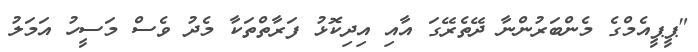
"ޕީޕީއެމްގެ މެންބަރުންނާ ދޭތެރޭގަ އާއި އިދިކޮޅު ފަރާތްތަކާ މެދު ވެސް މަސީހު އަމަލު